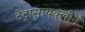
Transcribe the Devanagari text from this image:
टेट्रासायक्लीन